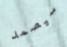
سيصمد